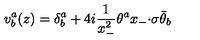
v _ { b } ^ { a } ( z ) = \displaystyle { \delta _ { b } ^ { a } + 4 i \frac { 1 } { x _ { - } ^ { 2 } } \theta ^ { a } x _ { - } { \cdot \sigma } \bar { \theta } _ { b } }